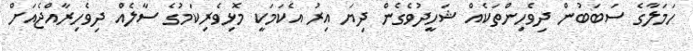
ހަމަލާގެ ސަބަބުން ދިވެހިންތަކެއް ޝަހީދުވެގެން ދިޔަ އިރު އެކަމަކީ މޮޅިވެރިކަމުގެ ސާލެއް ދިވެހިރާއްޖެއަށް